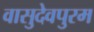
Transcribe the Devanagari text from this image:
वासुदेवपुरम